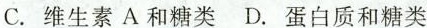
C.维生素A和糖类 D.蛋白质和糖类